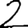
Digit: 2